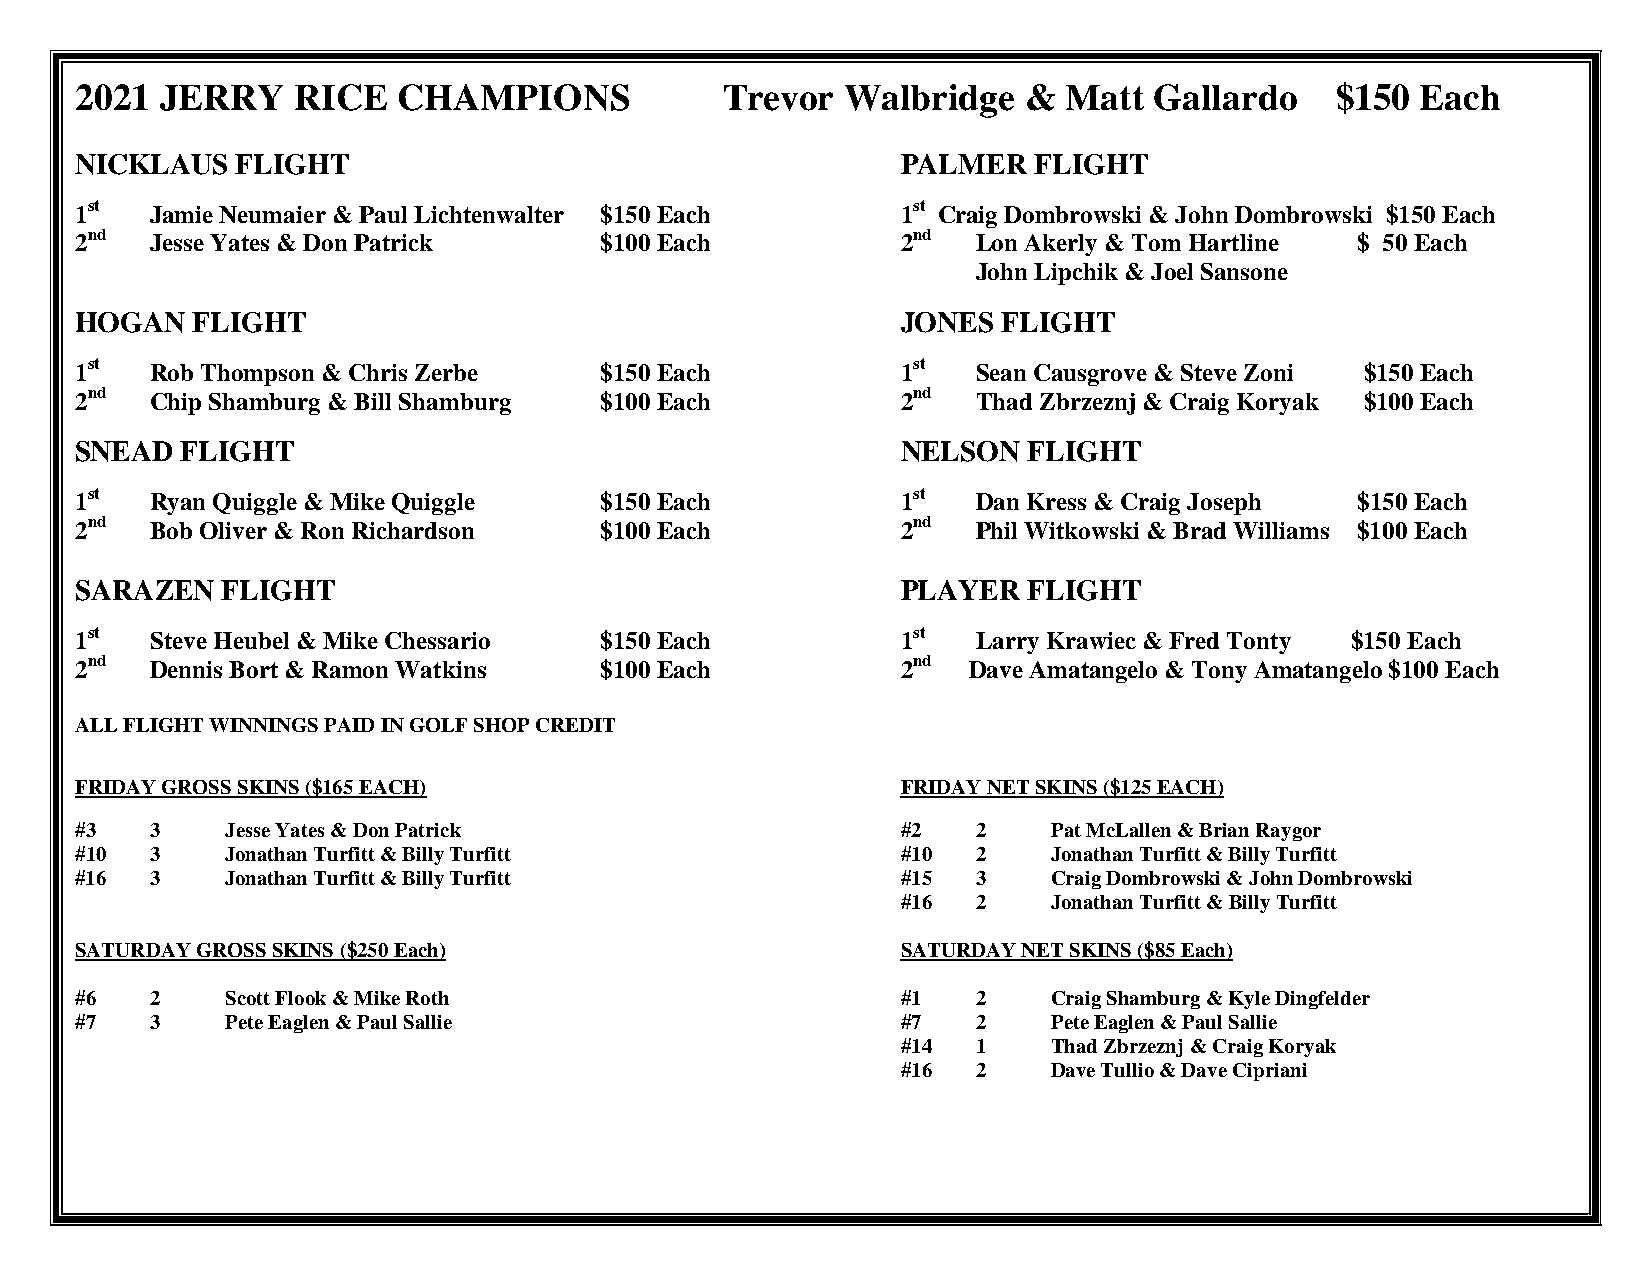
2021  JERRY   RICE   CHAMPIONS             Trevor  Walbridge   & Matt  Gallardo    $150  Each
 NICKLAUS   FLIGHT                                      PALMER  FLIGHT
 1st  Jamie Neumaier & Paul Lichtenwalter $150 Each     1st Craig Dombrowski & John Dombrowski $150 Each
 2nd  Jesse Yates & Don Patrick     $100 Each           2nd  Lon Akerly & Tom Hartline $ 50 Each
 John Lipchik & Joel Sansone
 HOGAN   FLIGHT                                         JONES FLIGHT
 1st  Rob Thompson & Chris Zerbe    $150 Each           1st  Sean Causgrove & Steve Zoni $150 Each
 2nd  Chip Shamburg & Bill Shamburg $100 Each           2nd  Thad Zbrzeznj & Craig Koryak $100 Each
 SNEAD  FLIGHT                                          NELSON  FLIGHT
 1st  Ryan Quiggle & Mike Quiggle   $150 Each           1st  Dan Kress & Craig Joseph $150 Each
 2nd  Bob Oliver & Ron Richardson   $100 Each           2nd  Phil Witkowski & Brad Williams $100 Each
 SARAZEN   FLIGHT                                       PLAYER  FLIGHT
 1st  Steve Heubel & Mike Chessario $150 Each           1st  Larry Krawiec & Fred Tonty $150 Each
 2nd  Dennis Bort & Ramon Watkins   $100 Each           2nd Dave Amatangelo & Tony Amatangelo $100 Each
 ALL FLIGHT WINNINGS PAID IN GOLF SHOP CREDIT
 FRIDAY GROSS SKINS ($165 EACH)                         FRIDAY NET SKINS ($125 EACH)
 #3   3    Jesse Yates & Don Patrick                    #2   2    Pat McLallen & Brian Raygor
 #10  3    Jonathan Turfitt & Billy Turfitt             #10  2    Jonathan Turfitt & Billy Turfitt
 #16  3    Jonathan Turfitt & Billy Turfitt             #15  3    Craig Dombrowski & John Dombrowski
 #16  2    Jonathan Turfitt & Billy Turfitt
 SATURDAY GROSS SKINS ($250 Each)                       SATURDAY NET SKINS ($85 Each)
 #6   2    Scott Flook & Mike Roth                      #1   2    Craig Shamburg & Kyle Dingfelder
 #7   3    Pete Eaglen & Paul Sallie                    #7   2    Pete Eaglen & Paul Sallie
 #14  1    Thad Zbrzeznj & Craig Koryak
 #16  2    Dave Tullio & Dave Cipriani